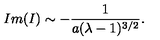
I m ( I ) \sim - { \frac { 1 } { a ( \lambda - 1 ) ^ { 3 / 2 } } } .